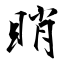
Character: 睄